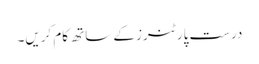
درست پارٹنرز کے ساتھ کام کریں۔